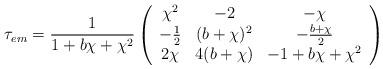
LaTeX: \begin{align*}\tau_{em} = \frac{1}{1 + b \chi + \chi^2}\left( \begin{array}{ccc} \chi^2 & -2 & -\chi \\ -\frac{1}{2} & (b+\chi )^2 & - \frac{b+ \chi}{2} \\ 2 \chi & 4(b+ \chi ) & -1 + b \chi + \chi^2 \end{array} \right)\end{align*}